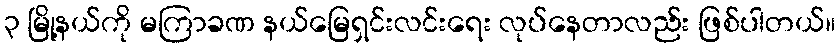
၃ မြို့နယ်ကို မကြာခဏ နယ်မြေရှင်းလင်းရေး လုပ်နေတာလည်း ဖြစ်ပါတယ်။